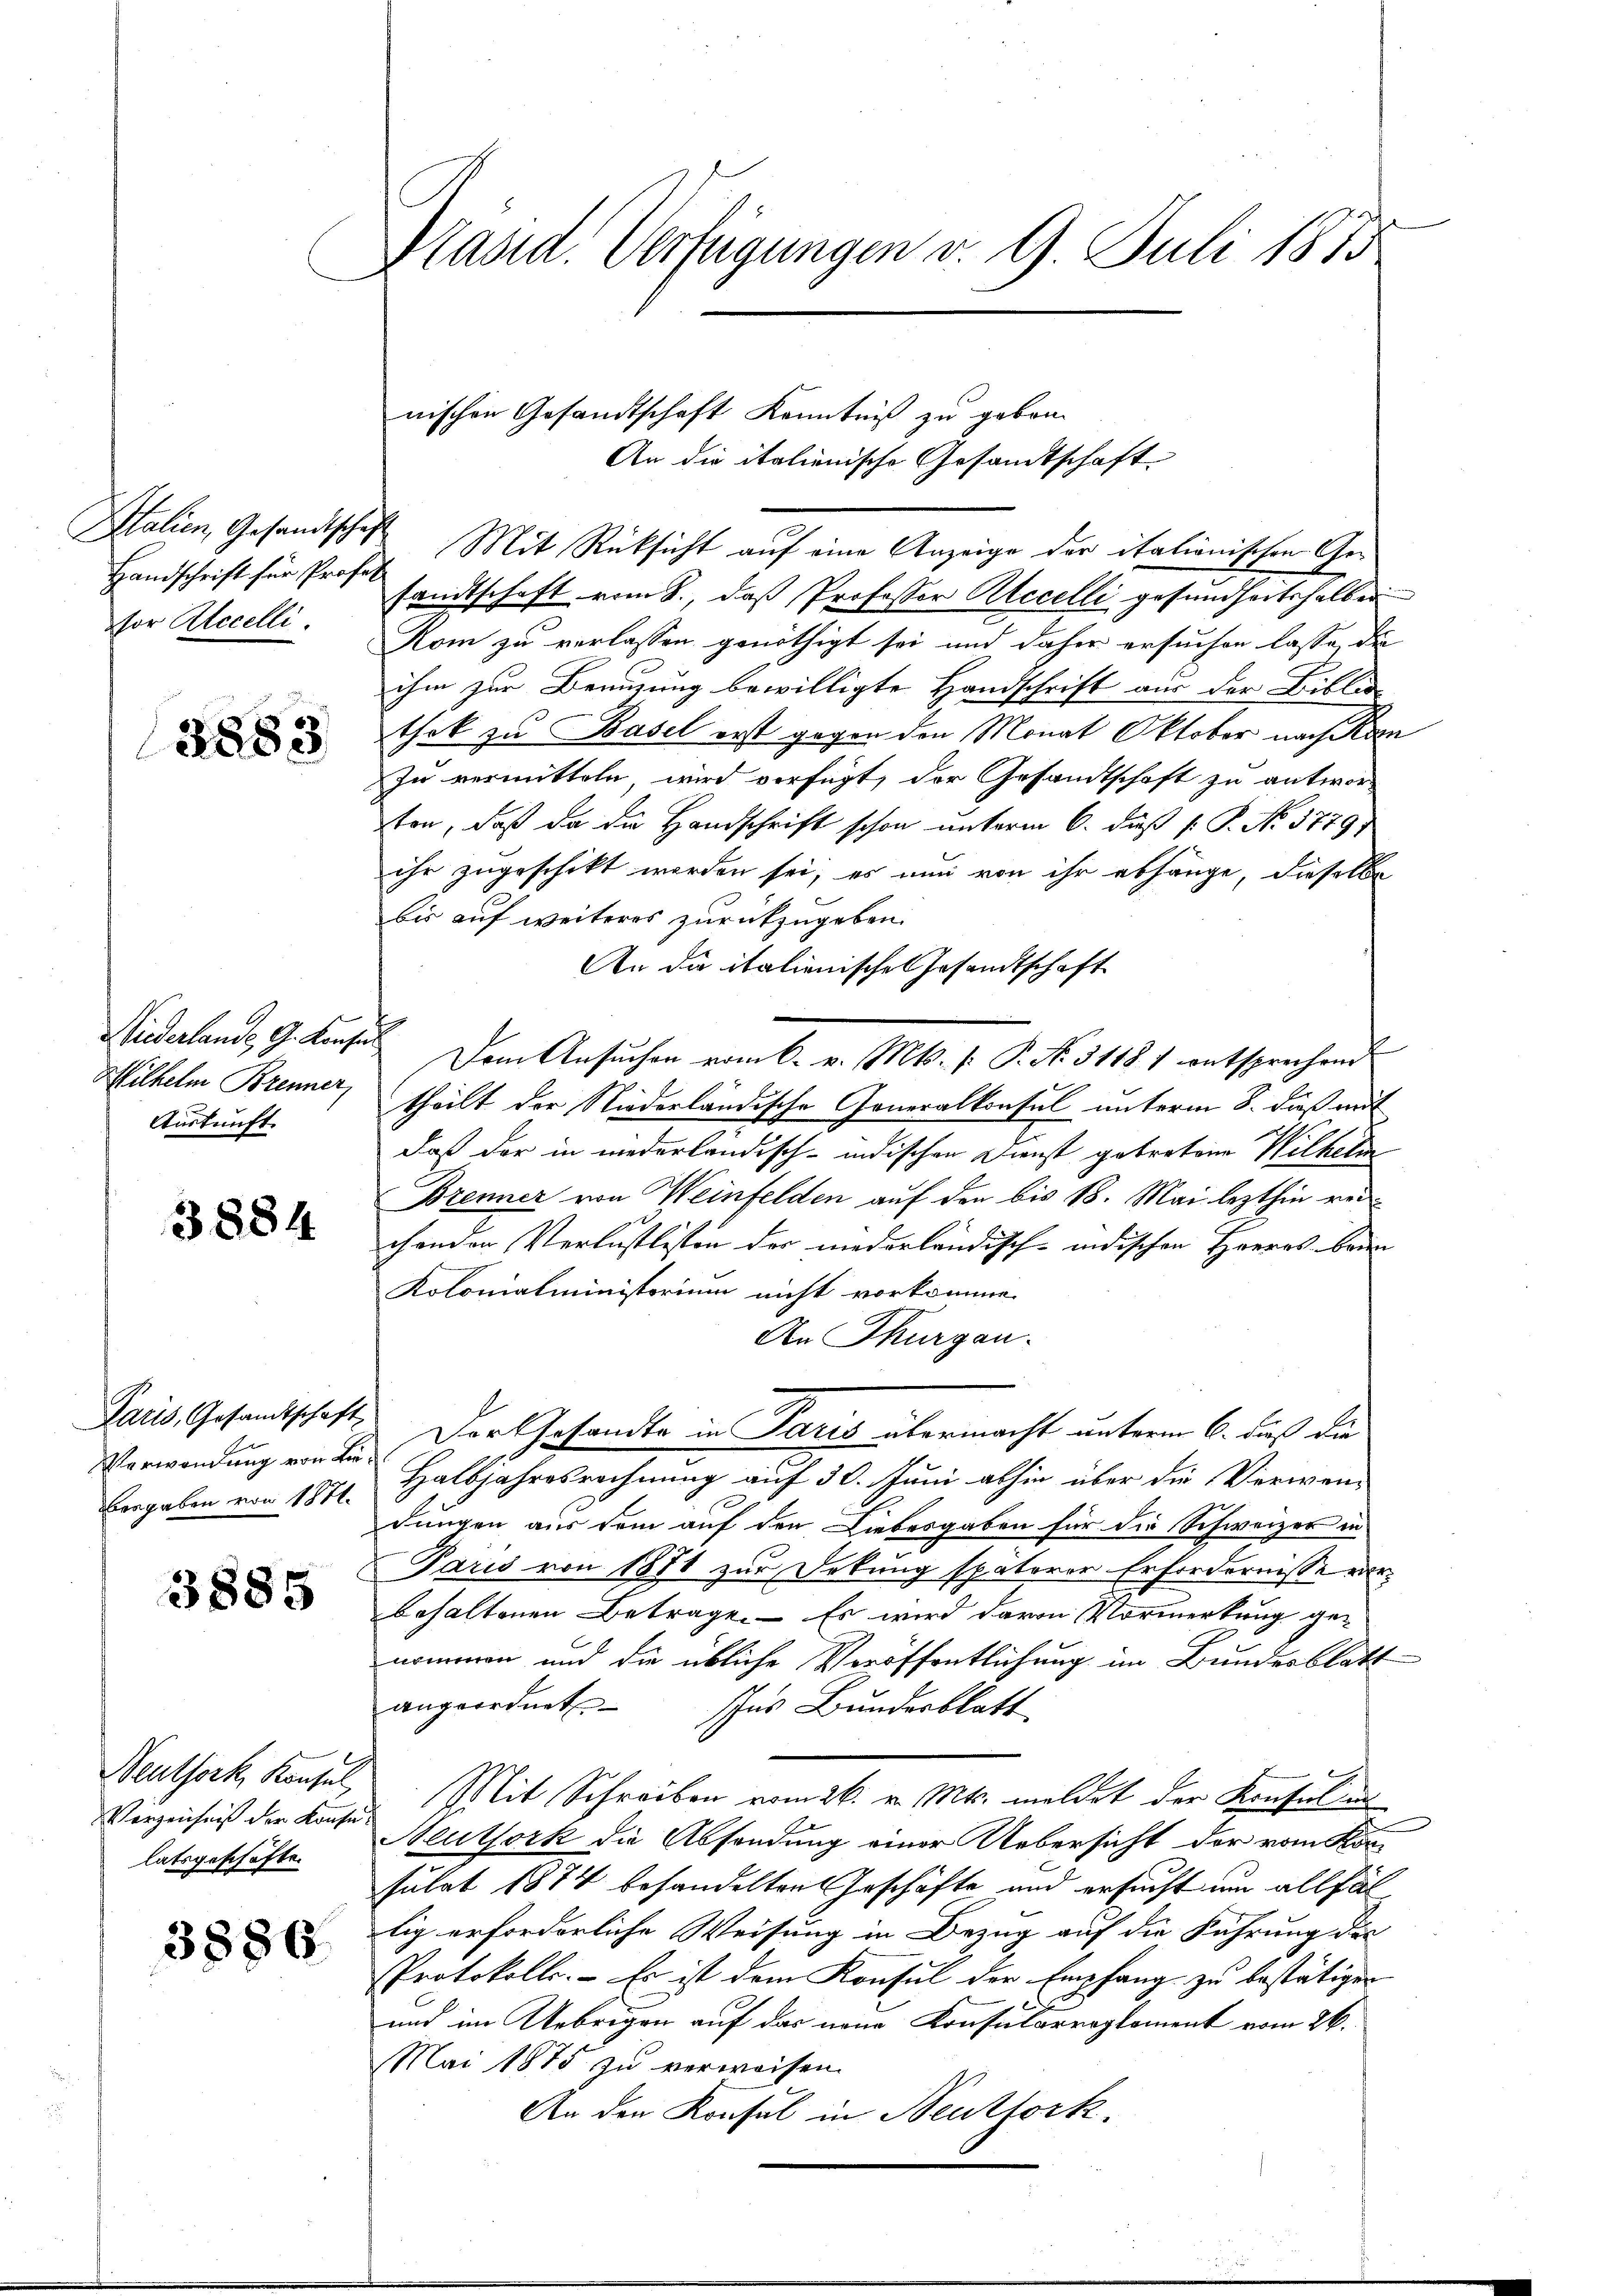
Handschrift für Profess
vor Accelli

2883

Wiederlande G. Konfes
Wilhelm Brenner
Auskunft.

3884

Verwendung von Liebesgaben von 1871.

3885

Verzeichniß der Konsulatsgeschäfte.

3886

Präsid. Verfügungen v. 9. Juli 1883

nischen Gesandtschaft Kenntniß zu gebor

An die italienische Gesandtschaft
Italien, Gesandtschaft Mit Rücksicht auf eine Anzeige der italionischen Gesandtschaft vom 8., daß Professor Alecelli gesundheitshalben
Kom zu verlassen genöthigt sei und daher ersuchen lasse, da
ihm zur Benuzung bewilligte Handschrift aus der Biblio
thek zu Basel erst gegen den Monat Oktober nach Kan
Zu vermitteln, wird verfügt, der Gesandtschaft zu antworten, daß da die Handschrift schon unterm 6. daß [ P. No. 3779/
ihr zugeschikt worden sei, es nun von ihr abhänge, dieselbe
bis auf weiteres zurückzugeben.
An die italienischen Gesandtschaft
Dem Ansuchen vom 6. v. Mts. P. P. Nr. 31181 entsprechend
l
theilt der Niederländische Generalkonsul unterm 8. dieß mit
daß der in niederländisch-indischen Dienst getretene Wilhelm
Brenner von Weinfelden auf den bis 18. Mai lezthin rei
chenden Verlustlisten der niederländisch-indischen Herres Brun
Kolonialministorium nicht vorkomme.
An Thurgau.
Paris, Gesandtschaft. Der Gesandte in Paris übermacht unterm 6. daß die
Halbjahresrechnung auf 30. Juni abhin über die Verwen-
dungen aus dem auf den Liebesgaben für die Schweizer in
Paris von 1871 zur Erkung späterer Erfordernisse vorbehaltenen Betrage. — Es wird davon Vormerkung genommen und die übliche Veröffentlichung im Bundesblatt
angeordnet. Ins Bundesblatt
E
Neuthork, Konsul, Mit Schreiben vom 26. v. Mts. meldet der Konsul aus
Neuthork die Absendung einer Uebersicht der vom Kon-
sulat 1874 behandelten Geschäfte und ersucht um allfäl
tig erforderliche Weisung in Bezug auf die Führung der
Protokolls. Es ist dem Konsul der Empfang zu bestätigen
und im Uebrigen auf das neue Konsularreglement vom 26.
Mai 1875 zu verweisen.
An den Konsul in Neuttork.